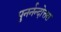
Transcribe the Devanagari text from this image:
पुनर्नन्दोत्तरा